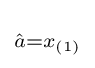
\scriptstyle {\hat {a}}=x_{(1)}